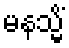
မနသ္မိံ